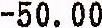
-50.00